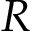
R